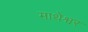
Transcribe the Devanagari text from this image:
माथेश्वर